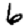
Digit: 6